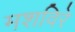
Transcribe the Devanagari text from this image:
मशविरे